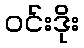
ဝင်းဒိုး